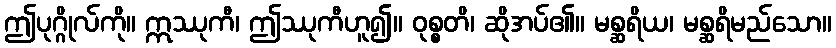
ဤပုဂ္ဂိုလ်ကို။ ဣဿုကီ၊ ဤဿုကီဟူ၍။ ဝုစ္စတိ၊ ဆိုအပ်၏။ မစ္ဆရိယ၊ မစ္ဆရိမည်သော။